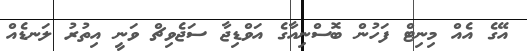
އޭގެ އެއް މިނިޓް ފަހުން ބޮސްނިއާގެ އަވްޑިޖާ ސަޖެވިޗް ވަނީ އިތުރު ލަނޑެއް